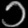
Digit: ၁